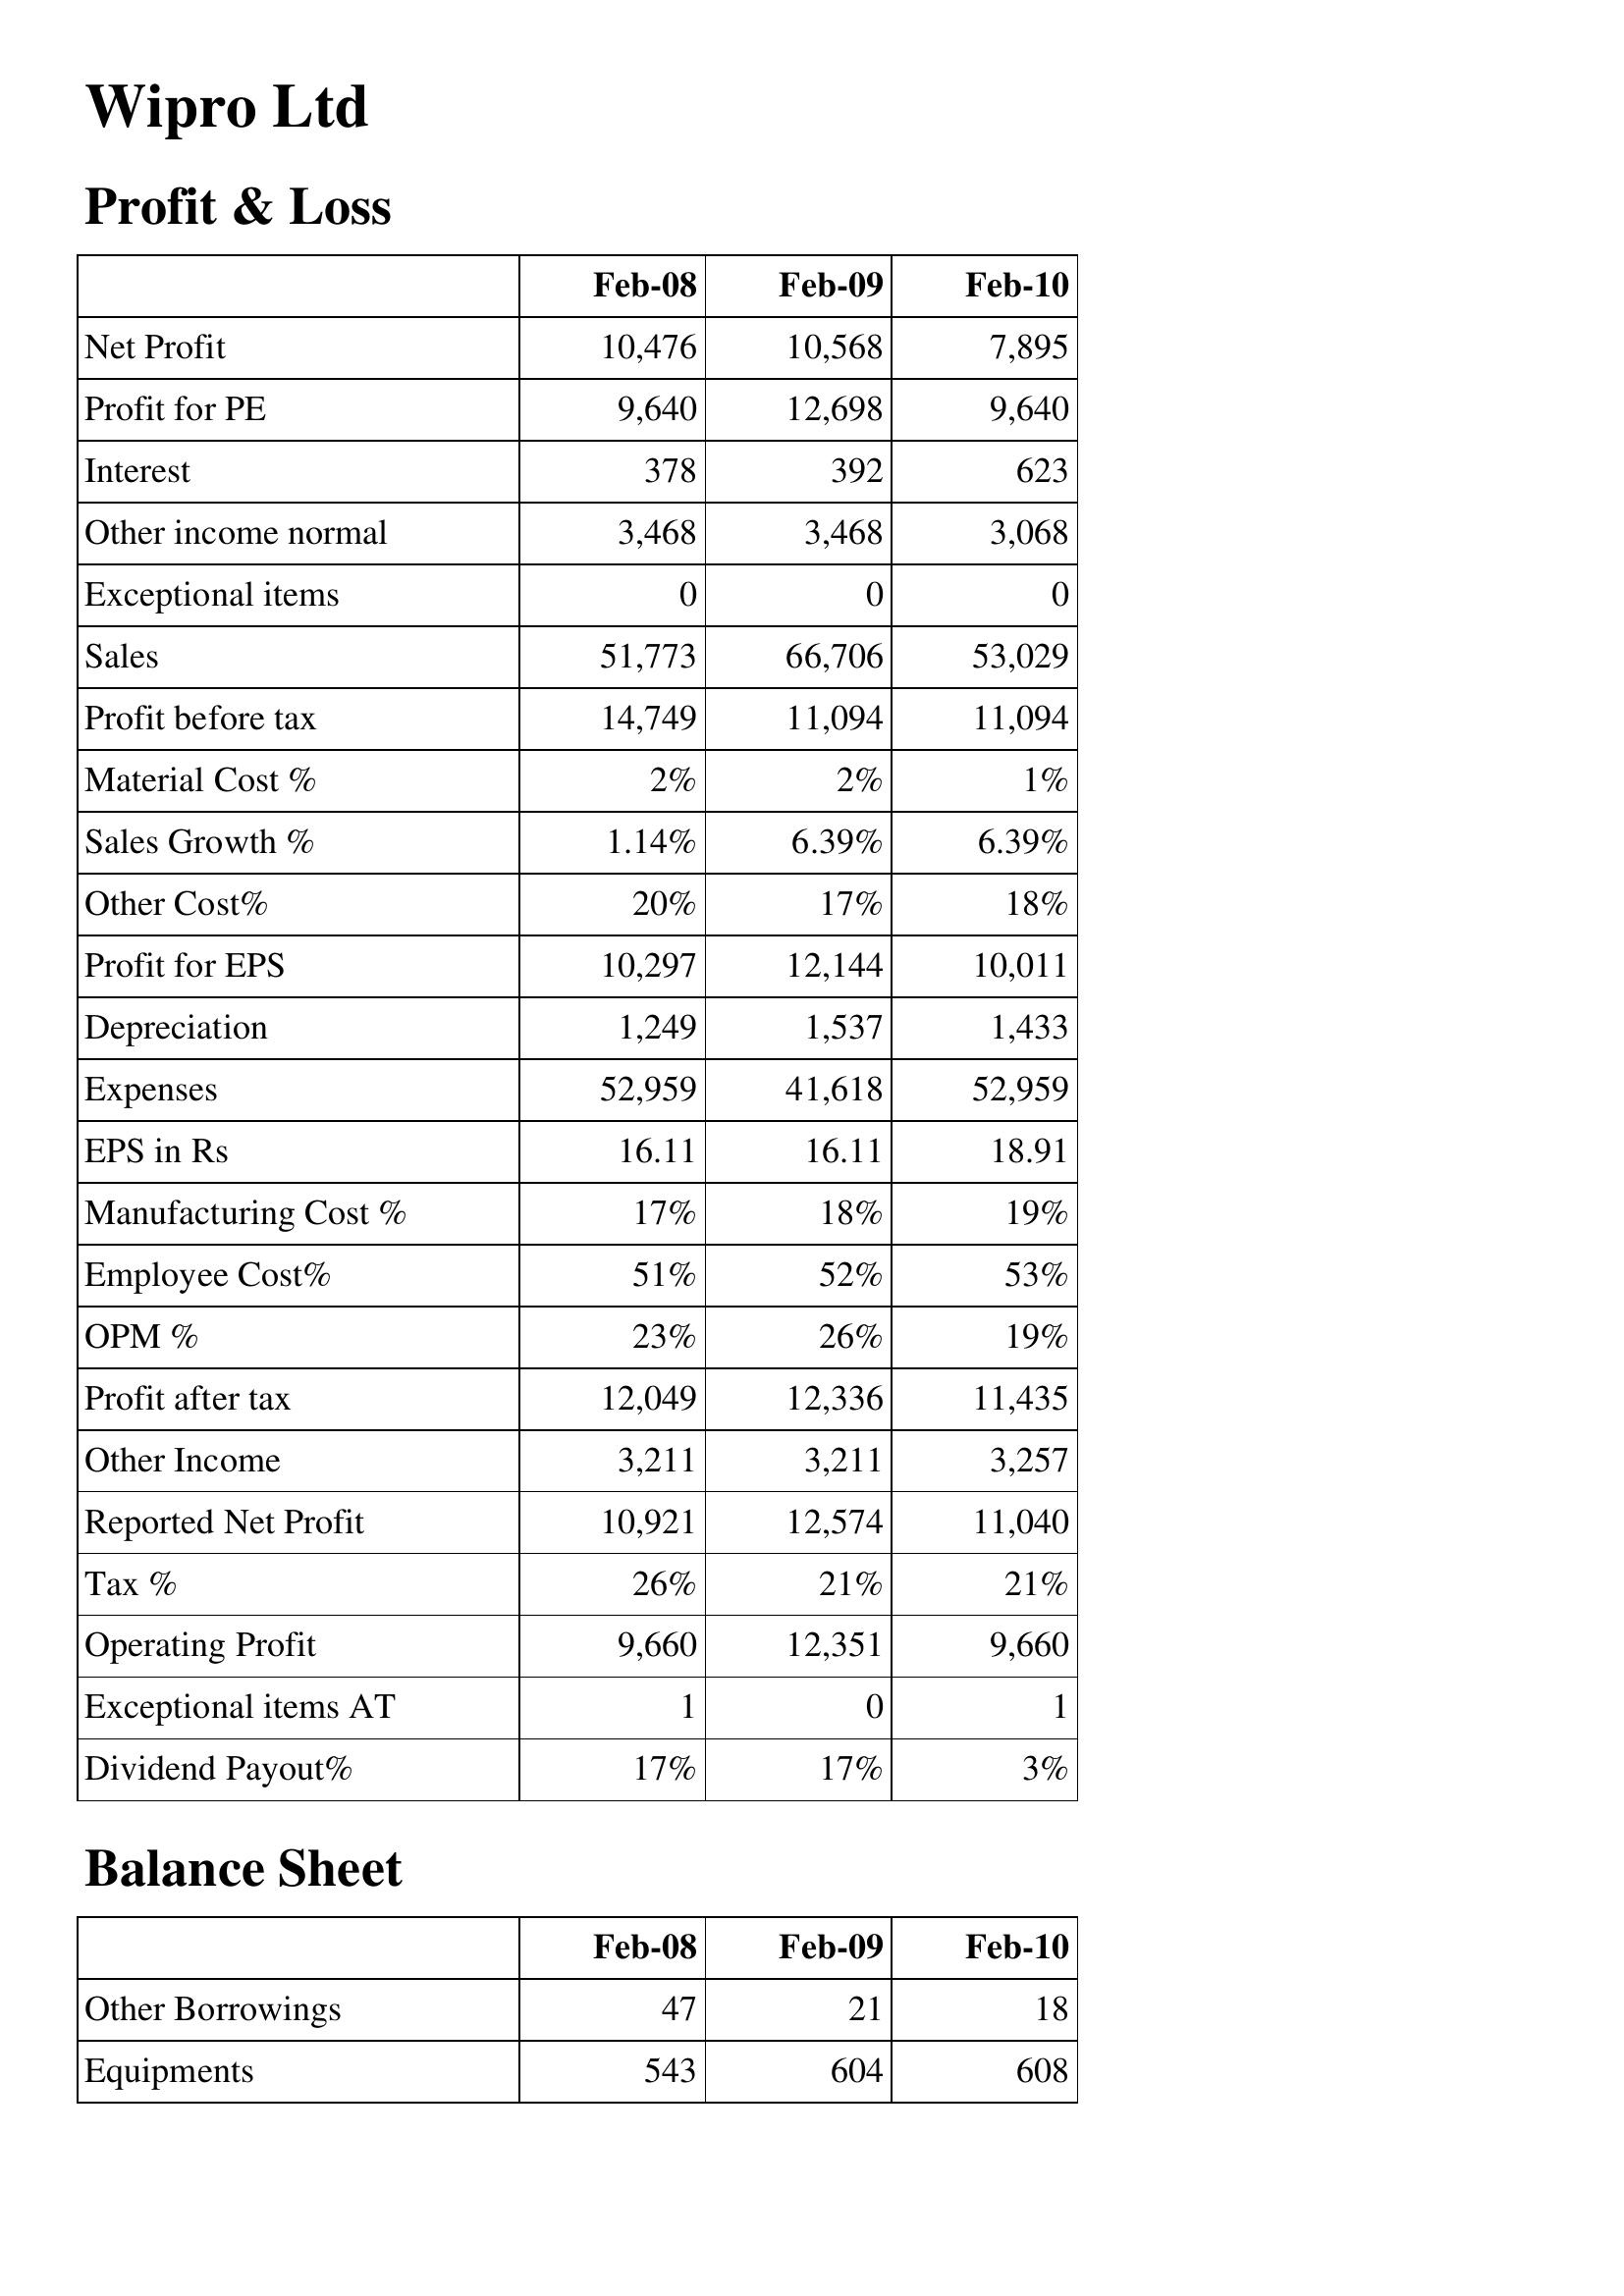
Feb-08: Profit & Loss: Net Profit: 10,476
Profit for PE: 9,640
Interest: 378
Other income normal: 3,468
Exceptional items: 0
Sales: 51,773
Profit before tax: 14,749
Material Cost %: 2%
Sales Growth %: 1.14%
Other Cost%: 20%
Profit for EPS: 10,297
Depreciation: 1,249
Expenses: 52,959
EPS in Rs: 16.11
Manufacturing Cost %: 17%
Employee Cost%: 51%
OPM %: 23%
Profit after tax: 12,049
Other Income: 3,211
Reported Net Profit: 10,921
Tax %: 26%
Operating Profit: 9,660
Exceptional items AT: 1
Dividend Payout%: 17%
Balance Sheet: Other Borrowings: 47
Equipments: 543
Feb-09: Profit & Loss: Net Profit: 10,568
Profit for PE: 12,698
Interest: 392
Other income normal: 3,468
Exceptional items: 0
Sales: 66,706
Profit before tax: 11,094
Material Cost %: 2%
Sales Growth %: 6.39%
Other Cost%: 17%
Profit for EPS: 12,144
Depreciation: 1,537
Expenses: 41,618
EPS in Rs: 16.11
Manufacturing Cost %: 18%
Employee Cost%: 52%
OPM %: 26%
Profit after tax: 12,336
Other Income: 3,211
Reported Net Profit: 12,574
Tax %: 21%
Operating Profit: 12,351
Exceptional items AT: 0
Dividend Payout%: 17%
Balance Sheet: Other Borrowings: 21
Equipments: 604
Feb-10: Profit & Loss: Net Profit: 7,895
Profit for PE: 9,640
Interest: 623
Other income normal: 3,068
Exceptional items: 0
Sales: 53,029
Profit before tax: 11,094
Material Cost %: 1%
Sales Growth %: 6.39%
Other Cost%: 18%
Profit for EPS: 10,011
Depreciation: 1,433
Expenses: 52,959
EPS in Rs: 18.91
Manufacturing Cost %: 19%
Employee Cost%: 53%
OPM %: 19%
Profit after tax: 11,435
Other Income: 3,257
Reported Net Profit: 11,040
Tax %: 21%
Operating Profit: 9,660
Exceptional items AT: 1
Dividend Payout%: 3%
Balance Sheet: Other Borrowings: 18
Equipments: 608